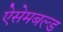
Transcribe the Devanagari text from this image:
ऐसेमबल्ड